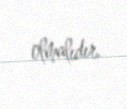
olmalıdır.